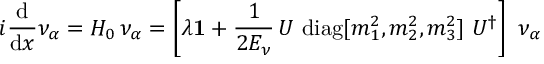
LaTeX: i { \frac { \mathrm { d } } { \mathrm { d } x } } \nu _ { \alpha } = { \cal H } _ { 0 } \, \nu _ { \alpha } = \left[ \lambda { \mathbf { 1 } } + { \frac { 1 } { 2 E _ { \nu } } } \, U ~ \mathrm { d i a g } [ m _ { 1 } ^ { 2 } , m _ { 2 } ^ { 2 } , m _ { 3 } ^ { 2 } ] ~ U ^ { \dagger } \right] ~ \nu _ { \alpha }